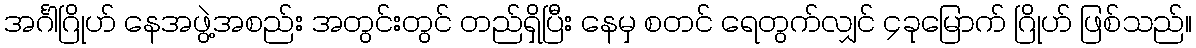
အင်္ဂါဂြိုဟ် နေအဖွဲ့အစည်း အတွင်းတွင် တည်ရှိပြီး နေမှ စတင် ရေတွက်လျှင် ၄ခုမြောက် ဂြိုဟ် ဖြစ်သည်။